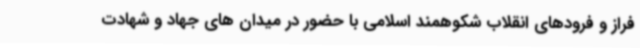
فراز و فرودهای انقلاب شکوهمند اسلامی با حضور در میدان های جهاد و شهادت